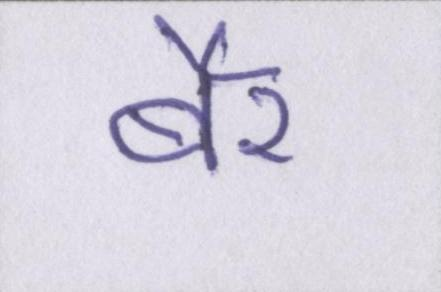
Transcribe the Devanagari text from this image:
बैर